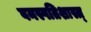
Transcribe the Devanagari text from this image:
वनस्पतिशास्त्र्